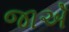
જાએઁ